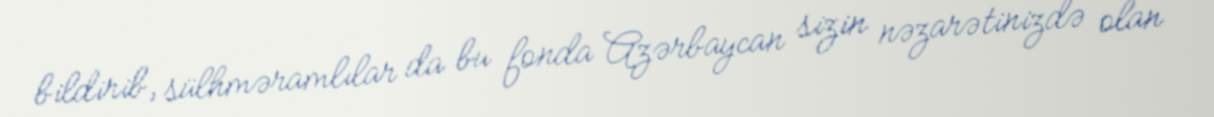
bildirib, sülhməramlılar da bu fonda Azərbaycan sizin nəzarətinizdə olan